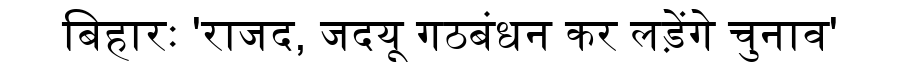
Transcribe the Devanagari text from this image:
बिहारः 'राजद, जदयू गठबंधन कर लड़ेंगे चुनाव'